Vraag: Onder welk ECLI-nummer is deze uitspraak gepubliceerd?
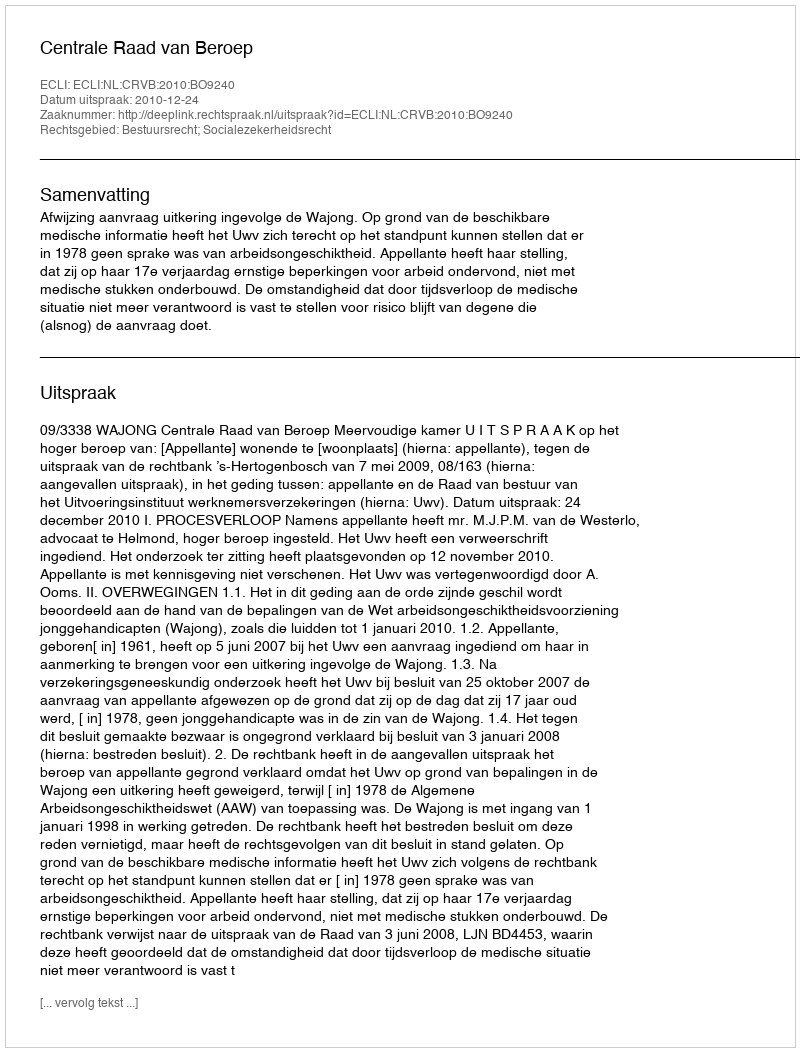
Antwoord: ECLI:NL:CRVB:2010:BO9240